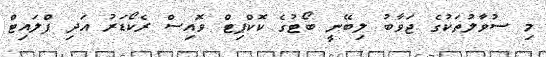
މި ސުވާލުތަކުގެ ޖަވާބު ލިބޭނީ ބޯޓުގެ ކޮކްޕިޓް ވޮއިސް ރެކޯޑަރު އަދި ފްލައިޓް